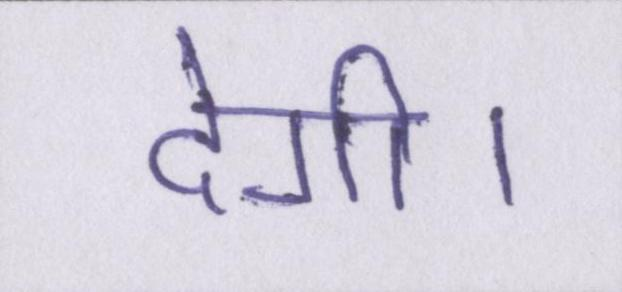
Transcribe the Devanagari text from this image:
देगी।